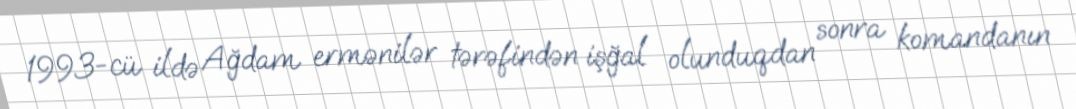
1993-cü ildə Ağdam ermənilər tərəfindən işğal olunduqdan sonra komandanın